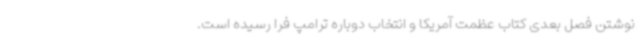
نوشتن فصل بعدی کتاب عظمت آمریکا و انتخاب دوباره ترامپ فرا رسیده است.